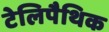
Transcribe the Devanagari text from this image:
टेलिपैथिक